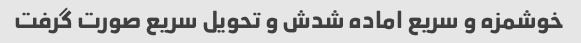
خوشمزه و سریع اماده شدش و تحویل سریع صورت گرفت